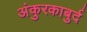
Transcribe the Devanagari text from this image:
अंकुरकाबुर्द